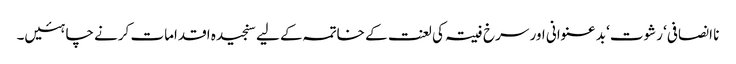
نا انصافی‘ رشوت‘ بد عنوانی اور سرخ فیتہ کی لعنت کے خاتمہ کے لیے سنجیدہ اقدامات کرنے چاہئیں۔